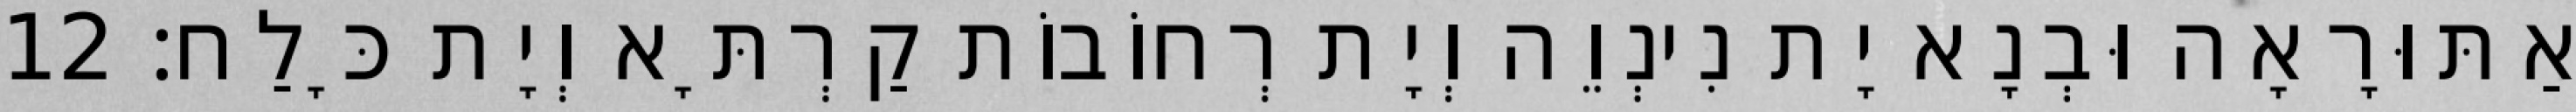
אַתּוּרָאָה וּבְנָא יָת נִינְוֵה וְיָת רְחוֹבוֹת קַרְתָּא וְיָת כָּלַח׃ 12